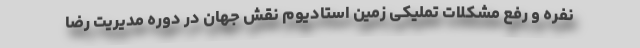
نفره و رفع مشکلات تملیکی زمین استادیوم نقش جهان در دوره مدیریت رضا